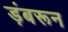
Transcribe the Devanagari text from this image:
ड़ंबरून